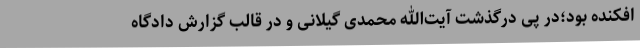
افکنده بود؛در پی درگذشت آیت‌الله محمدی گیلانی و در قالب گزارش دادگاه